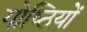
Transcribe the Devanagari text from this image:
गोष्‍ठियों